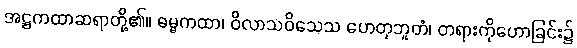
အဋ္ဌကထာဆရာတို့၏။ ဓမ္မကထာ၊ ဝိလာသဝိသေသ ဟေတုဘူတံ၊ တရားကိုဟောခြင်း၌